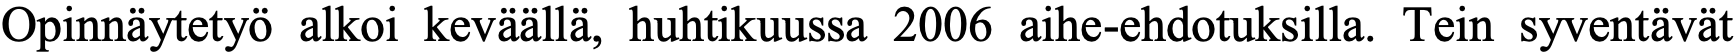
Opinnäytetyö alkoi keväällä, huhtikuussa 2006 aihe-ehdotuksilla. Tein syventävät